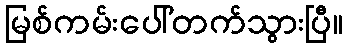
မြစ်ကမ်းပေါ်တက်သွားပြီ။